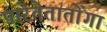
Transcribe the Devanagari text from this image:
पारेतेतातोंगा